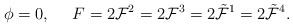
\begin{align*}\phi=0,\ \ \ \ F=2{\cal F}^2=2{\cal F}^3=2\tilde{\cal F}^1=2\tilde{\cal F}^4.\end{align*}